Scottish Leaving Certificate Examination, 1955
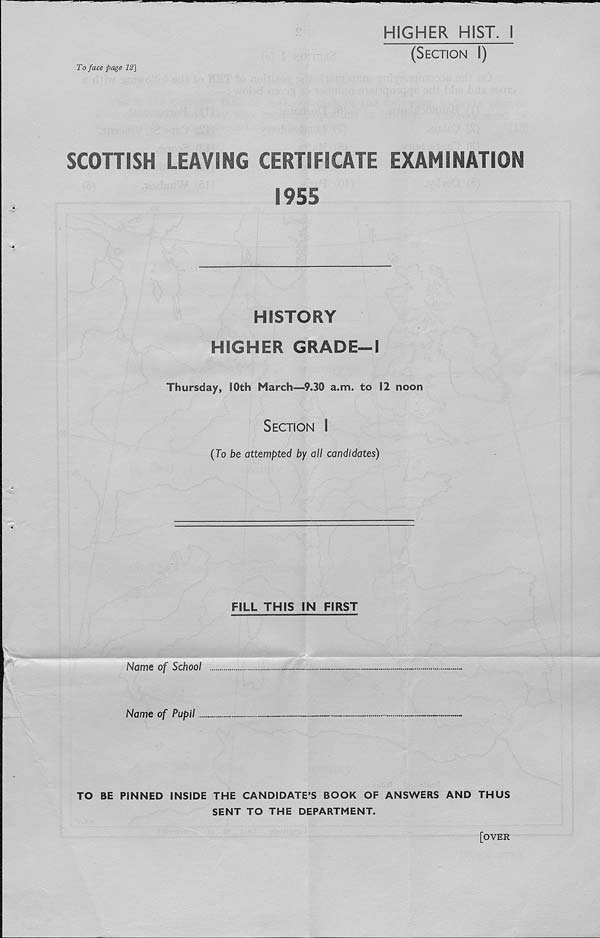
To face page 1Z]
HIGHER HIST. 1
(Section I)
SCOHISH LEAVING CERTIFICATE EXAMINATION
1955
HISTORY
HIGHER GRADE-1
Thursday, 10th March—9.30 a.m. to 12 noon
Section I
(To be attempted by all candidates)
FILL THIS IN FIRST
Name of School
Name of Pupil
TO BE PINNED INSIDE THE CANDIDATE’S BOOK OF ANSWERS AND THUS
SENT TO THE DEPARTMENT.
[OVER